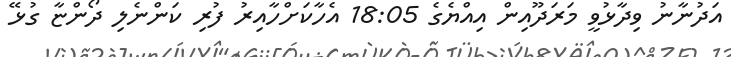
އަދުނާނު ވިދާޅުވީ މަރަދޫއިން އިއްޔެގެ 18:05 އެހާކަށްހާއިރު ފުރި ކަންނެލި ދޯންޏާ ގުޅޭ